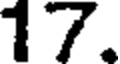
17.